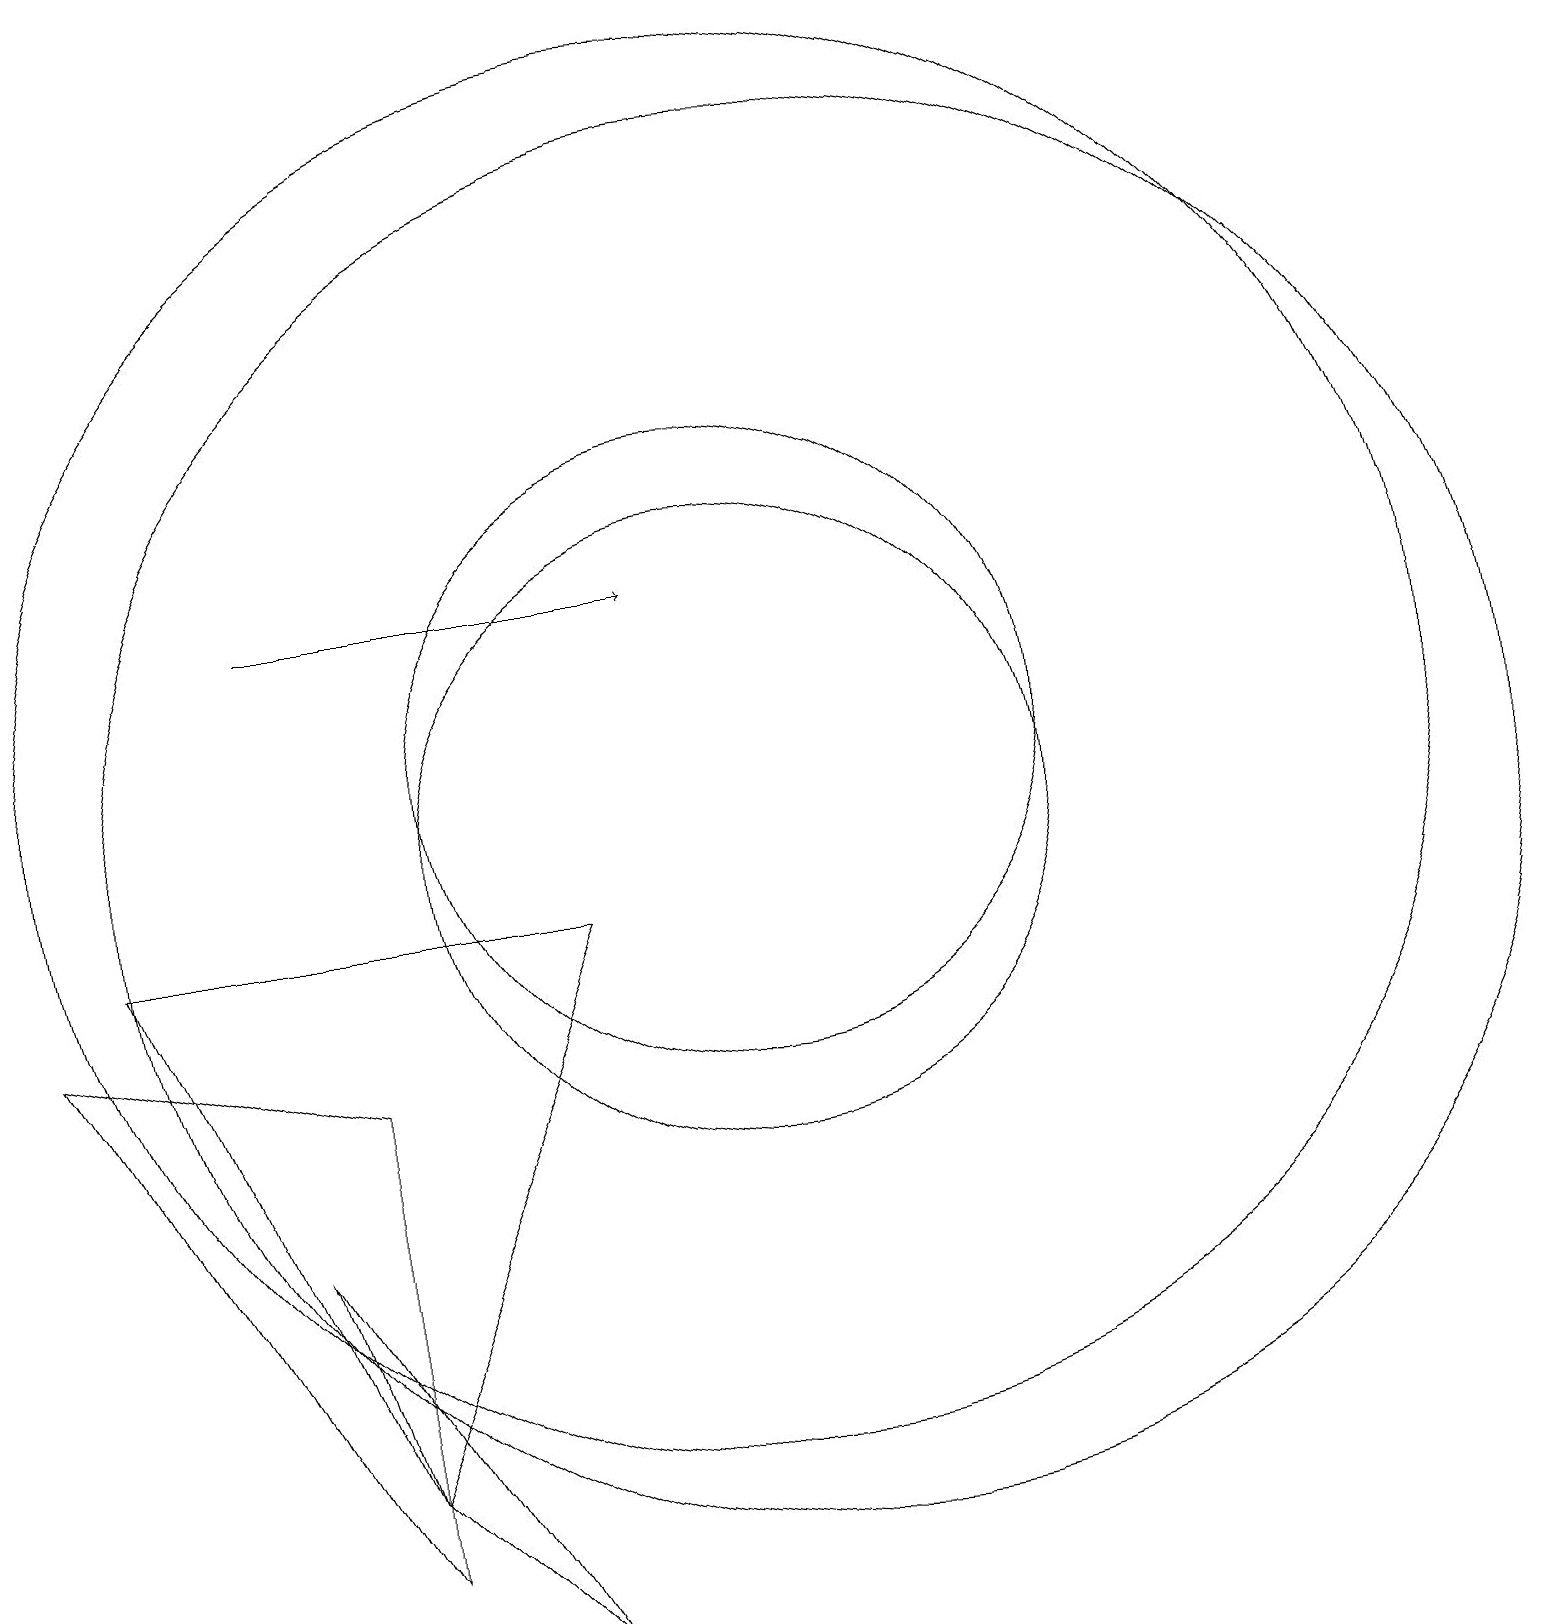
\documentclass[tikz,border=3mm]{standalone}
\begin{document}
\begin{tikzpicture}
\draw (10,11) circle (9);
\draw (5,2) -- (7,0) -- (4,5) -- cycle;
\draw[->] (4,13) -- (9,13);
\draw (10,10) circle (4);
\draw (1,8) -- (5,7) -- (5,1) -- cycle;
\draw (8,9) -- (5,2) -- (2,9) -- cycle;
\draw (10,11) circle (4);
\draw (11,10) circle (9);
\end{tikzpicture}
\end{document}